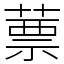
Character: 蔈